Report on sanitation, dispensaries, and jails in Rajputana for 1913, and on vaccination for the year 1913-1914 - 1913-1914
Year: 1913
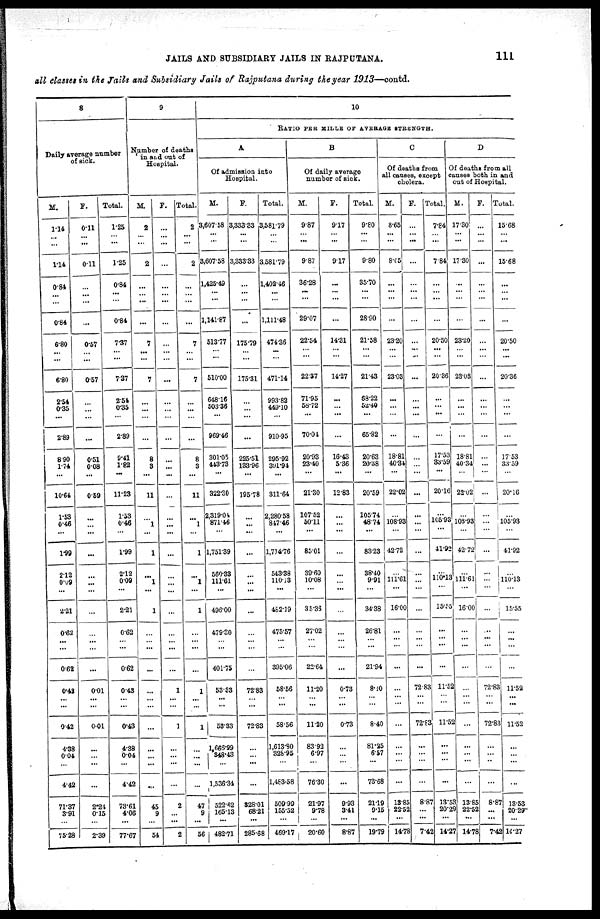
JAILS AND SUBSIDIARY JAILS IN RAJPUTANA.
111
all classes in the Jails and Subsidiary Jails of Rajputana during the year 1913—contd.
8
Daily average number
of sick.
M.
1.14
...
...
1.14
0.84
...
...
0.84
6.80
...
...
6.80
2.54
0.35
...
2.89
8.90
1.74
...
10.64
1.53
0.46
...
1.99
2.12
0.09
...
2.21
0.62
...
...
0.62
0.42
...
...
0.42
4.38
0.04
...
4.42
71.37
3.91
...
75.28
F.
0.11
...
...
0.11
...
...
...
...
0.67
... ...
0.57
...
...
...
...
0.51
0.08
...
0.59
...
...
...
...
...
...
...
...
...
...
...
...
0.01
...
...
0.01
...
...
...
...
2.21
0.15
...
2.39
Total.
1.25
...
...
1.25
0.84
...
...
0.84
7.37
...
...
7.37
2.54
0.35
...
2.89
9.41
1.82
...
11.23
1.53
0.46
...
1.99
2.12
0.09
...
2.21
0.62
...
...
0.62
0.43
...
...
0.48
4.38
0.04
...
4.42
73.61
4.06
...
77.67
9
Number of deaths
in and out of
Hospital.
M.
2
...
...
2
...
... ...
...
7
...
...
7
...
...
...
...
8
3
...
11
...
1
...
1
...
1
...
1
...
... ...
...
...
...
...
...
...
...
...
...
45
9
...
54
F.
...
...
...
...
...
... ...
...
...
...
...
...
...
...
...
...
...
...
...
...
...
...
...
...
...
...
...
...
...
...
...
...
1
...
...
1
...
...
...
...
2
...
...
2
Total.
2
...
...
2
...
... ...
...
7
...
...
7
...
...
...
...
8
3
...
11
...
1
...
1
...
1
...
1
...
...
...
...
1
...
...
1
...
...
...
...
47
9
...
56
10
RATIO PER MILLE OF AVERAGE STRENGTH.
A
Of admission into
Hospital.
M.
3,607.58
...
...
3,607.58
1,425.49
...
...
1,141.87
513.77
...
...
510.00
648.16
503.36
...
969.46
301.05
143.73
...
322.30
2,319.04
871.46
...
1,751.39
560.33
111.61
...
496.00
479.20
... ...
401.75
53.33
...
...
53.33
1,665.99
348.43
...
1,536.34
522.62
165.13
...
482.71
F.
3,333.33
...
...
3,333.33
...
...
...
...
175.79
... ...
175.31
...
...
...
...
225.51
133.96
...
195.78
...
...
...
...
...
...
...
...
...
...
...
...
72.83
... ...
72.83
...
...
...
...
828.01
68.21
...
285.68
Total.
3,58l.79
...
...
3,581.79
1,402.46
...
...
1,111.48
474.36
...
...
471.14
993.82
449.10
...
910.95
295.92
391.94
...
311.64
2,280.58
847.46
...
1,714.76
543.38
110.13
...
482.19
475.57
...
...
395.06
58.56
... ...
58.56
1,613.80
328.95
...
1,483.58
509.99
155.52
...
460.17
B
Of daily average
number of sick.
M.
9.87
...
...
9.87
36.28
...
...
29.07
22.54
... ...
22.37
71.95
58.72
...
70.04
20.93
23.40
...
21.30
107.52
50.11
...
85.01
39.60
10.08
...
35.33
27.02
...
...
22.64
11.20
... ...
11.20
83.92
6.97
...
76.30
21.97
9.78
...
20.60
F.
9.17
...
...
9.17
...
... ...
...
14.31
...
...
14.27
...
...
...
...
16.43
5.36
...
12.83
...
...
...
...
...
...
...
...
...
...
...
...
0.73
... ...
0.73
...
...
...
...
9.93
3.41
...
8.87
Total.
9.80
...
...
9.80
35.70
...
...
28.90
21.58
...
...
21.43
68.22
52.49
...
65.82
20.63
20.38
...
20.59
105.74
48.74
...
83.23
38.40
9.91
...
34.38
26.81
...
...
21.94
8.10
...
...
8.40
81.25
6.57
...
73.68
21.19
9.15
...
19.79
C
Of deaths from
all causes, except
cholera.
M.
8.65
...
...
8.05
...
...
...
...
23.20
... ...
23.03
...
...
...
...
18.81
40.34
...
22.02
...
108.93
...
42.72
...
111.61
...
16.00
...
...
...
...
...
... ...
...
...
...
...
...
13.85
22.52
...
14.78
F.
...
...
...
...
...
...
...
...
...
...
...
...
...
...
...
...
...
...
...
...
...
...
...
...
...
...
...
...
...
...
...
...
72.83
...
...
72.83
...
...
...
...
8.87
...
...
7.42
Total.
7.84
...
...
7.84
...
... ...
...
20.50
...
...
20.36
...
...
...
...
17.53
33.59
...
20.16
...
105.93
...
41.92
...
110.13
...
15.55
...
...
...
...
11.52
...
...
11.52
...
...
...
...
13.53
20.29
...
14.27
D
Of deaths from all
causes both in and
out of Hospital.
M.
17.30
...
...
17.30
...
...
...
...
23.20
... ...
23.03
...
...
...
...
18.81
40.34
...
22.02
...
103.93
...
42.72
...
111.61
...
16.00
...
... ...
...
...
...
...
...
...
...
...
...
13.85
22.52
...
14.78
F.
...
...
...
...
...
... ...
...
...
...
...
...
...
...
...
...
...
...
...
...
...
...
...
...
...
...
...
...
...
...
...
...
72.83
...
...
72.83
...
...
...
...
8.87
...
...
7.42
Total.
15.68
...
...
15.68
...
... ...
...
20.50
...
...
20.36
...
...
...
...
17.53
33.59
...
20.16
...
105.93
...
41.92
...
110.13
...
15.55
...
...
...
...
11.52
...
...
11.52
...
...
...
...
1353
2029
...
14.27